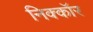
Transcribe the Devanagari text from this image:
निक्कॉर